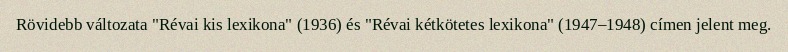
Rövidebb változata "Révai kis lexikona" (1936) és "Révai kétkötetes lexikona" (1947–1948) címen jelent meg.